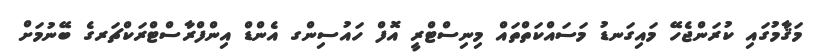
މަޤާމުގައި ކުރަންޖެހޭ މައިގަނޑު މަސައްކަތްތައް މިނިސްޓްރީ އޮފް ހައުސިންގ އެންޑް އިންފްރާސްޓްރަކްޗަރގެ ބޭނުމަށް